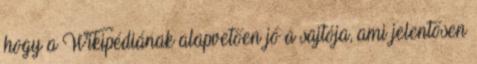
hogy a Wikipédiának alapvetően jó a sajtója, ami jelentősen